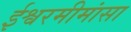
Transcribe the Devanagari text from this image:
ईश्वरमीमांसा